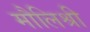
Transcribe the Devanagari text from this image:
मौलिश्री